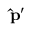
\mathbf { \hat { p } } ^ { \prime }